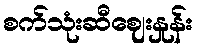
စက်သုံးဆီဈေးနှုန်း